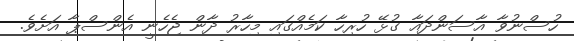
ހުސްނުވާ އާސަންދައާ ގުޅޭ ހުރިހާ ކަމެއްގައި މިހާރު ދާން ޖެހެނީ އެންސްޕާ އަށެވެ.